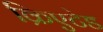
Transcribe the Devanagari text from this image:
क्रिएटेड